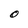
Character: O